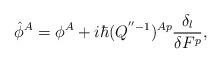
LaTeX: \begin{align*}\hat{\phi}^A=\phi^A+i\hbar(Q^{''-1})^{Ap} \frac{\delta_l}{\delta F^p},\end{align*}